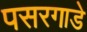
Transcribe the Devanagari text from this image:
पसरगाडे